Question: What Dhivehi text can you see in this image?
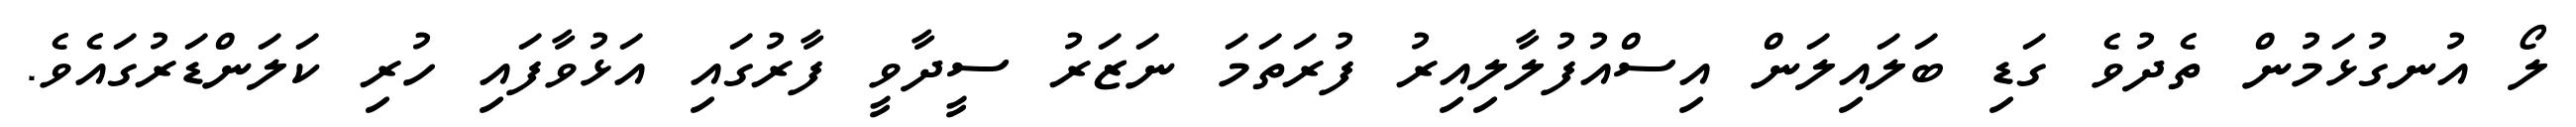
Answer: ލޯ އުނގުޅަމުން ތެދުވެ ގަޑި ބަލައިލަން އިސްއުފުލާލިއިރު ފުރަތަމަ ނަޒަރު ސީދާވީ ފާރުގައި އަޅުވާފައި ހުރި ކަލަންޑަރުގައެވެ.